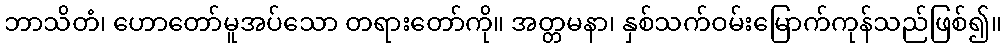
ဘာသိတံ၊ ဟောတော်မူအပ်သော တရားတော်ကို။ အတ္တမနာ၊ နှစ်သက်ဝမ်းမြောက်ကုန်သည်ဖြစ်၍။